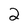
Character: 2